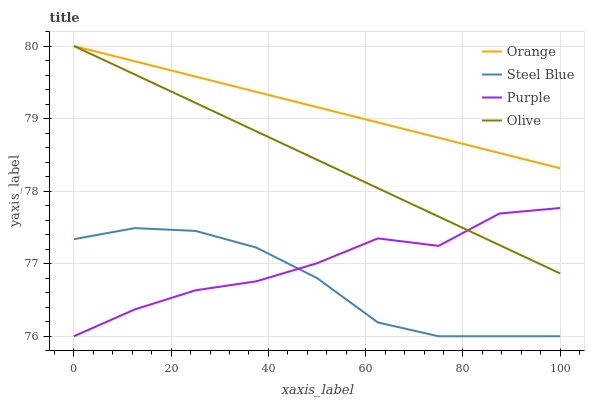
| xaxis_label | Orange | Steel Blue | Purple | Olive |
 | --- | --- | --- | --- | --- |
 | 0 | 80 | 77.3 | 76 | 80 |
 | 12.5 | 79.8 | 77.5 | 76.4 | 79.6 |
 | 25 | 79.6 | 77.5 | 76.6 | 79.2 |
 | 37.5 | 79.4 | 77.2 | 76.8 | 78.8 |
 | 50 | 79.2 | 76.8 | 77 | 78.4 |
 | 62.5 | 78.9 | 76.2 | 77.3 | 78 |
 | 75 | 78.7 | 76 | 77.2 | 77.6 |
 | 87.5 | 78.5 | 76 | 77.7 | 77.3 |
 | 100 | 78.3 | 76 | 77.8 | 76.9 |